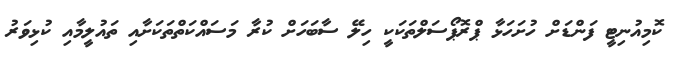
ކޮމިއުނިޓީ ފަންޑަށް ހުށަހަޅާ ޕްރޮޕޯސަލްތަކަކީ ހިލޭ ސާބަހަށް ކުރާ މަސައްކަތްތަކަށާއި ތައުލީމާއި ކުޅިވަރު